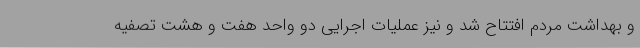
و بهداشت مردم افتتاح شد و نیز عملیات اجرایی دو واحد هفت و هشت تصفیه